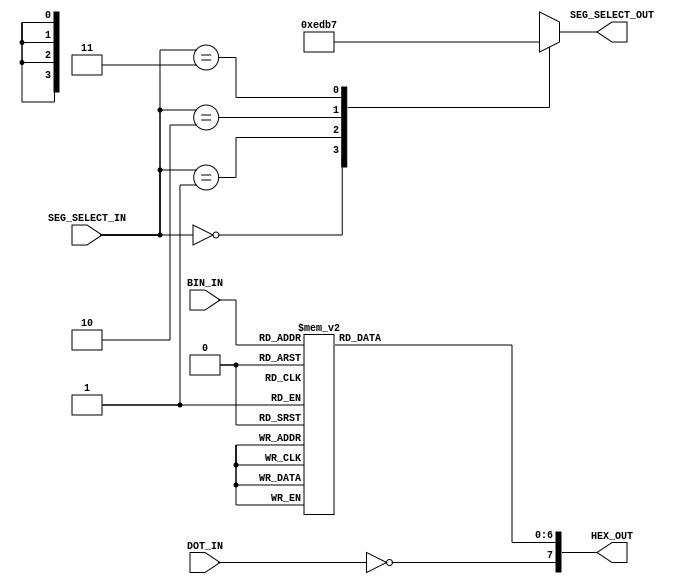
`timescale 1ns / 1ps
//////////////////////////////////////////////////////////////////////////////////
// Company: University of Edinburgh
// 
// Design Name: Processor
// Module Name: Seg7Decoder
// Project Name: DSL
// Target Devices: Artix-7
// Tool Versions: Vivado 2015
// Description: 
//      7-segment display decoder module.
// Dependencies: 
// 
// Revision:
// Revision 0.01 - File Created
// Additional Comments:
// 
//////////////////////////////////////////////////////////////////////////////////


module Seg7Decoder (
    input [1:0] SEG_SELECT_IN,
    input [3:0] BIN_IN,
    input DOT_IN,
    output reg [3:0] SEG_SELECT_OUT,
    output reg [7:0] HEX_OUT
);

    always @(BIN_IN) begin
        case (BIN_IN)
            4'b0000:    HEX_OUT[6:0] <= 7'b1000000; // 0
            4'b0001:    HEX_OUT[6:0] <= 7'b1111001; // 1
            4'b0010:    HEX_OUT[6:0] <= 7'b0100100; // 2
            4'b0011:    HEX_OUT[6:0] <= 7'b0110000; // 3
            
            4'b0100:    HEX_OUT[6:0] <= 7'b0011001; // 4
            4'b0101:    HEX_OUT[6:0] <= 7'b0010010; // 5
            4'b0110:    HEX_OUT[6:0] <= 7'b0000010; // 6
            4'b0111:    HEX_OUT[6:0] <= 7'b1111000; // 7

            4'b1000:    HEX_OUT[6:0] <= 7'b0000000; // 8
            4'b1001:    HEX_OUT[6:0] <= 7'b0011000; // 9
            4'b1010:    HEX_OUT[6:0] <= 7'b0001000; // A
            4'b1011:    HEX_OUT[6:0] <= 7'b0000011; // B
            
            4'b1100:    HEX_OUT[6:0] <= 7'b1000110; // C
            4'b1101:    HEX_OUT[6:0] <= 7'b0100001; // D
            4'b1110:    HEX_OUT[6:0] <= 7'b0000110; // E
            4'b1111:    HEX_OUT[6:0] <= 7'b0001110; // F
            
            default:    HEX_OUT[6:0] <= 7'b1111111; // off
        endcase
    end

    always @(DOT_IN) begin
        HEX_OUT[7] <= ~DOT_IN;
    end

    always @(SEG_SELECT_IN) begin
        case (SEG_SELECT_IN)
            2'b00:      SEG_SELECT_OUT <= 4'b1110; // rightmost
            2'b01:      SEG_SELECT_OUT <= 4'b1101;
            2'b10:      SEG_SELECT_OUT <= 4'b1011;
            2'b11:      SEG_SELECT_OUT <= 4'b0111; // leftmost
            default:    SEG_SELECT_OUT <= 4'b1111; // all off
        endcase
    end

endmodule